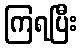
ကြရပြီး